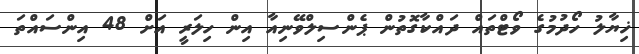
ޚިޔާލު ހޯދުމުގެ ވޯޓްތައް ދައްކާގޮތުން ޕެންސިލްވޭނިއާ އިން ހިލަރީ އަށް 48 އިންސައްތަ